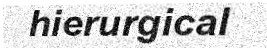
hierurgical